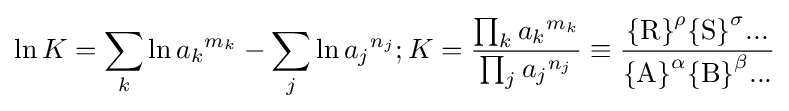
\ln K=\sum _{k}\ln {a_{k}}^{m_{k}}-\sum _{j}\ln {a_{j}}^{n_{j}};K={\frac {\prod _{k}{a_{k}}^{m_{k}}}{\prod _{j}{a_{j}}^{n_{j}}}}\equiv {\frac {{\{\mathrm {R} \}}^{\rho }{\{\mathrm {S} \}}^{\sigma }...}{{\{\mathrm {A} \}}^{\alpha }{\{\mathrm {B} \}}^{\beta }...}}